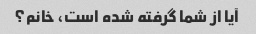
آیا از شما گرفته شده است، خانم؟